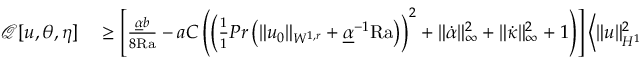
\begin{array} { r l } { \mathcal { Q } [ u , \theta , \eta ] } & { { } \geq \left[ \frac { \underline { { \alpha } } b } { 8 \mathrm { { R a } } } - a C \left( \left( \frac { 1 } { 1 } { { P r } } \left( \| u _ { 0 } \| _ { W ^ { 1 , r } } + \underline { { \alpha } } ^ { - 1 } \mathrm { { R a } } \right) \right) ^ { 2 } + \| \dot { \alpha } \| _ { \infty } ^ { 2 } + \| \dot { \kappa } \| _ { \infty } ^ { 2 } + 1 \right) \right] \left\langle \| u \| _ { H ^ { 1 } } ^ { 2 } \right\rangle } \end{array}